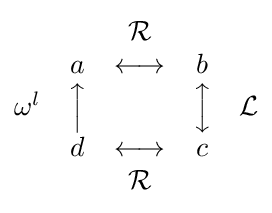
{\begin{matrix}&&{\mathcal {R}}&&\\&a&\longleftrightarrow &b&\\\omega ^{l}&{\Big \uparrow }&&{\Big \updownarrow }&{\mathcal {L}}\\&d&\longleftrightarrow &c&\\&&{\mathcal {R}}&&\end{matrix}}